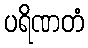
ပရိဏတံ